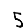
Digit: 5